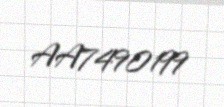
AA7490199